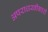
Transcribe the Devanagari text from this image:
अपराधस्वीकारी